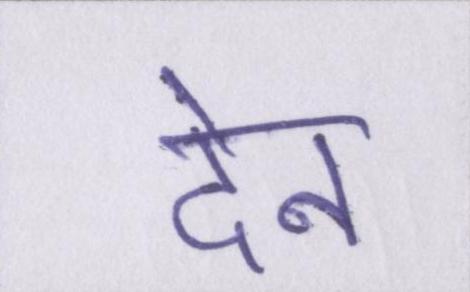
देन